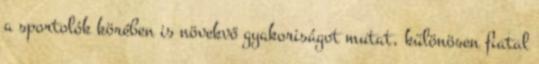
a sportolók körében is növekvő gyakoriságot mutat, különösen fiatal